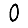
Digit: 0